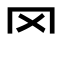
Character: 罓